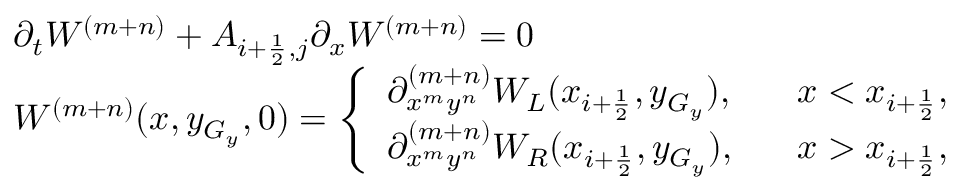
\begin{array} { l l } { \partial _ { t } W ^ { ( m + n ) } + A _ { i + \frac { 1 } { 2 } , j } \partial _ { x } W ^ { ( m + n ) } = 0 } \\ { W ^ { ( m + n ) } ( x , y _ { G _ { y } } , 0 ) = \left\{ \begin{array} { l l } { \partial _ { x ^ { m } y ^ { n } } ^ { ( m + n ) } W _ { L } ( x _ { i + \frac { 1 } { 2 } } , y _ { G _ { y } } ) , } & { \; \; \; x < x _ { i + \frac { 1 } { 2 } } , } \\ { \partial _ { x ^ { m } y ^ { n } } ^ { ( m + n ) } W _ { R } ( x _ { i + \frac { 1 } { 2 } } , y _ { G _ { y } } ) , } & { \; \; \; x > x _ { i + \frac { 1 } { 2 } } , } \end{array} \right. } \end{array}